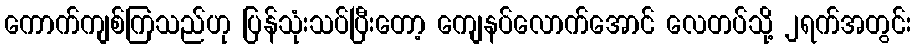
ကောက်ကျစ်ကြသည်ဟု ပြန်သုံးသပ်ပြီးတော့ ကျေနပ်လောက်အောင် လေတပ်သို့ ၂ရက်အတွင်း